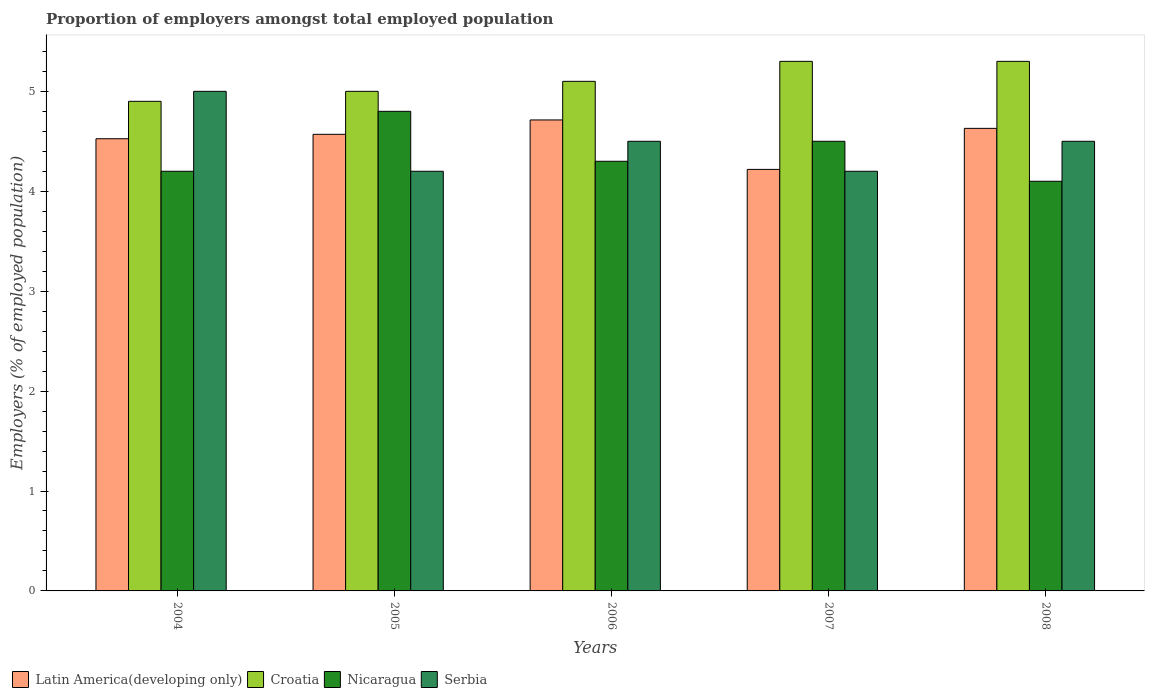
| Years | Latin America(developing only) | Croatia | Nicaragua | Serbia |
 | --- | --- | --- | --- | --- |
 | 2004 | 4.53 | 4.9 | 4.2 | 5 |
 | 2005 | 4.57 | 5 | 4.8 | 4.2 |
 | 2006 | 4.71 | 5.1 | 4.3 | 4.5 |
 | 2007 | 4.22 | 5.3 | 4.5 | 4.2 |
 | 2008 | 4.63 | 5.3 | 4.1 | 4.5 |